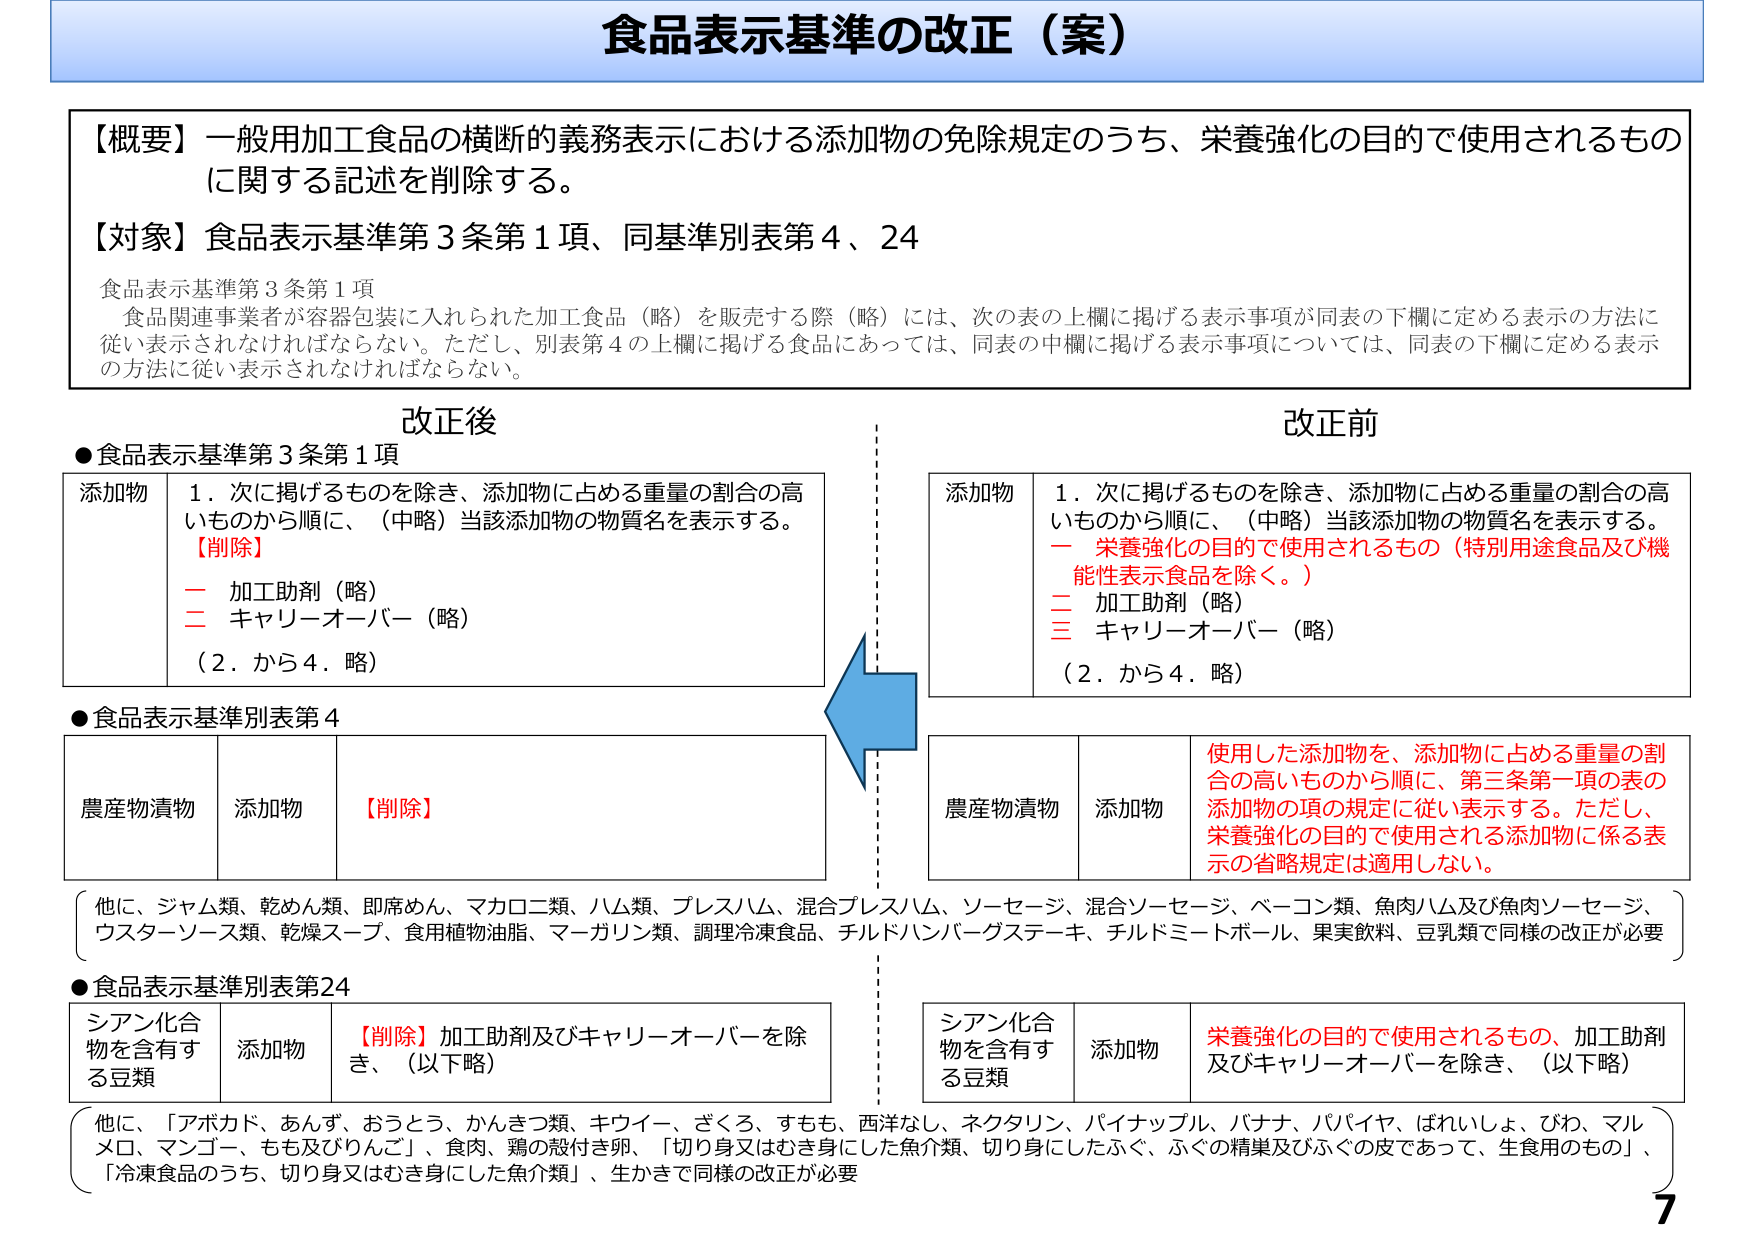
食品表示基準の改正（案）

【概要】一般用加工食品の横断的義務表示における添加物の免除規定のうち、栄養強化の目的で使用されるものに関する記述を削除する。

【対象】食品表示基準第3条第1項、同基準別表第4、24

食品表示基準第3条第1項
食品関連事業者が容器包装に入れられた加工食品（略）を販売する際（略）には、次の表の上欄に掲げる表示事項が同表の下欄に定める表示の方法に従い表示されなければならない。ただし、別表第4の上欄に掲げる食品にあっては、同表の中欄に掲げる表示事項については、同表の下欄に定める表示の方法に従い表示されなければならない。

改正後

●食品表示基準第3条第1項
添加物　1．次に掲げるものを除き、添加物に占める重量の割合の高いものから順に、（中略）当該添加物の物質名を表示する。
【削除】
　一　加工助剤（略）
　二　キャリーオーバー（略）
（2．から4．略）

●食品表示基準別表第4
農産物漬物　添加物　【削除】

●食品表示基準別表第24
シアン化合物を含有する豆類　添加物　【削除】加工助剤及びキャリーオーバーを除き、（以下略）

他に、「アボカド、あんず、おうとう、かんきつ類、キウイー、ざくろ、すもも、西洋なし、ネクタリン、パイナップル、バナナ、パパイヤ、はれいしょ、びわ、マルメロ、マンゴー、もも及びりんご」、食肉、鶏の殻付き卵、「切り身又はむき身にした魚介類、切り身にしたふぐ、ふぐの精巣及びふぐの皮であって、生食用のもの」、「冷凍食品のうち、切り身又はむき身にした魚介類」、生かきで同様の改正が必要

改正前

添加物　1．次に掲げるものを除き、添加物に占める重量の割合の高いものから順に、（中略）当該添加物の物質名を表示する。
　一　栄養強化の目的で使用されるもの（特別用途食品及び機能性表示食品を除く。）
　二　加工助剤（略）
　三　キャリーオーバー（略）
（2．から4．略）

農産物漬物　添加物　使用した添加物を、添加物に占める重量の割合の高いものから順に、第三条第一項の表の添加物の項の規定に従い表示する。ただし、栄養強化の目的で使用される添加物に係る表示の省略規定は適用しない。

シアン化合物を含有する豆類　添加物　栄養強化の目的で使用されるもの、加工助剤及びキャリーオーバーを除き、（以下略）

他に、ジャム類、乾めん類、即席めん、マカロニ類、ハム類、プレスハム、混合プレスハム、ソーセージ、混合ソーセージ、ベーコン類、魚肉ハム及び魚肉ソーセージ、ウスターソース類、乾燥スープ、食用植物油脂、マーガリン類、調理冷凍食品、チルドハンバーグステーキ、チルドミートボール、果実飲料、豆乳類で同様の改正が必要

7